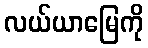
လယ်ယာမြေကို